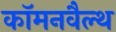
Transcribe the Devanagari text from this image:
कॉमनवैल्‍थ